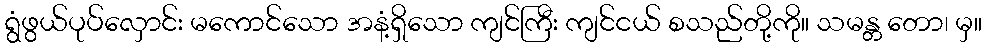
ရွံဖွယ်ပုပ်လှောင်း မကောင်သော အနံ့ရှိသော ကျင်ကြီး ကျင်ငယ် စသည်တို့ကို။ သမန္တ တော၊ မှ။